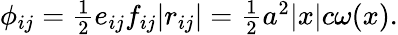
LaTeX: \begin{array}{r}{\phi_{ij}=\frac 12e_{ij}f_{ij}|r_{ij}|=\frac 12a^{2}|x|c\omega(x).}\end{array}